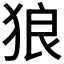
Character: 狼